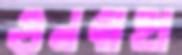
গুনবাহা